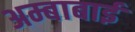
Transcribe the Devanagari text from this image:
अम्बाबाई